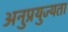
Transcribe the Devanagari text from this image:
अनुप्रयुज्यता